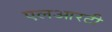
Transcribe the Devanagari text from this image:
एलआरटी